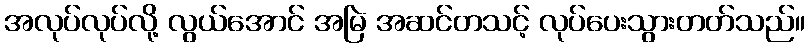
အလုပ်လုပ်လို့ လွယ်အောင် အမြဲ အဆင်တသင့် လုပ်ပေးသွားတတ်သည်။